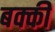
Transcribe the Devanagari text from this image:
बक्की